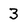
Character: 3